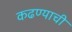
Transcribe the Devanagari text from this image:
कढण्याची